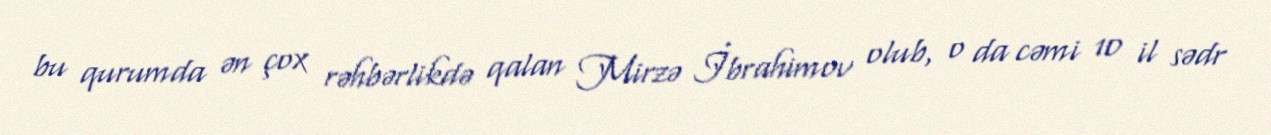
bu qurumda ən çox rəhbərlikdə qalan Mirzə İbrahimov olub, o da cəmi 10 il sədr